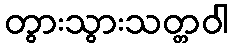
တွားသွားသတ္တဝါ